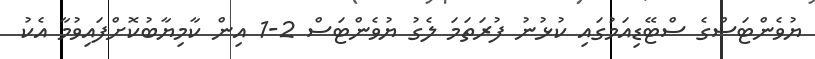
ޔުވެންޓަސްގެ ސްޓޭޑިއަމުގައި ކުޅުނު ފުރަތަމަ ލެގު ޔުވެންޓަސް 2-1 އިން ކާމިޔާބުކޮށްފައިވުމާ އެކު